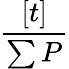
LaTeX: \frac{[t]}{\sum P}